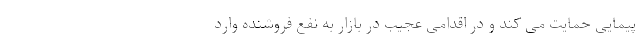
پیمایی حمایت می کند و در اقدامی عجیب در بازار به نفع فروشنده وارد